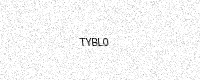
Text: TYBL0